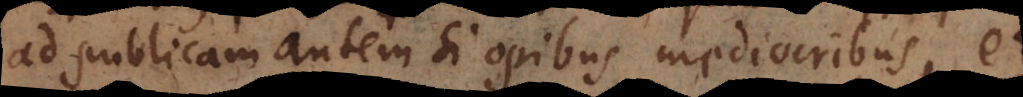
ad publicam autem si opibus mediocribus, et